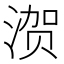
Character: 𰜢